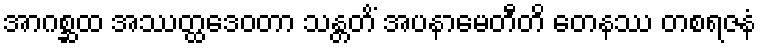
အာဂစ္ဆထ အဿတ္ထဒေဝတာ သန္တတိံ အပနာမေတီတိ တေနဿ တစရဇနံ